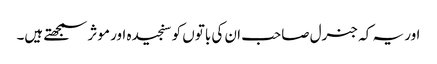
اور یہ کہ جنرل صاحب ان کی باتوں کو سنجیدہ اور موثر سمجھتے ہیں۔